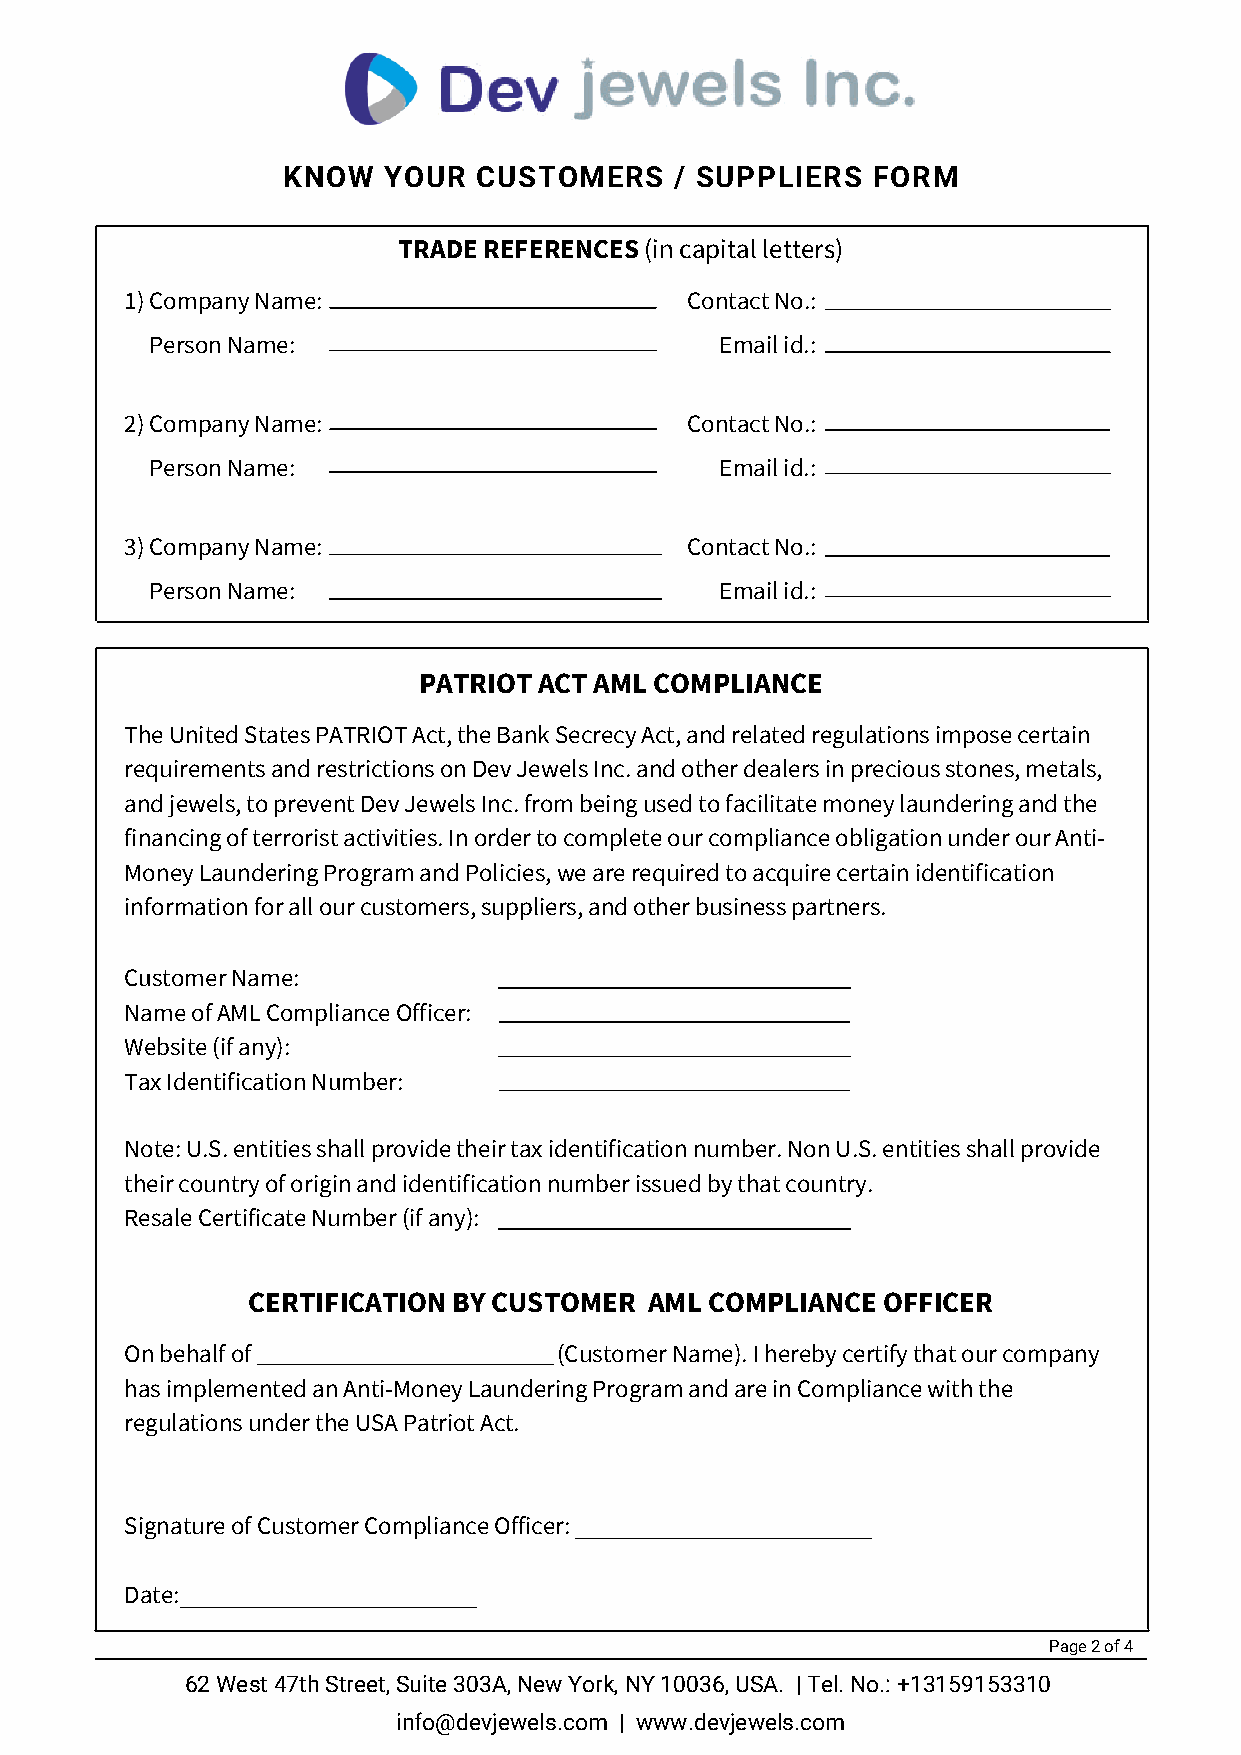
KNOW  YOUR   CUSTOMERS    / SUPPLIERS  FORM
 TRADE REFERENCES (in capital letters)
 1) Company Name:                     Contact No.:
 Person Name:                          Email id.:
 2) Company Name:                     Contact No.:
 Person Name:                          Email id.:
 3) Company Name:                     Contact No.:
 Person Name:                          Email id.:
 PATRIOT ACT AML COMPLIANCE
 The United States PATRIOT Act, the Bank Secrecy Act, and related regulations impose certain
 requirements and restrictions on Dev Jewels Inc. and other dealers in precious stones, metals,
 and jewels, to prevent Dev Jewels Inc. from being used to facilitate money laundering and the
 financing of terrorist activities. In order to complete our compliance obligation under our Anti-
 Money Laundering Program and Policies, we are required to acquire certain identification
 information for all our customers, suppliers, and other business partners.
 Customer Name:
 Name of AML Compliance Officer:
 Website (if any):
 Tax Identification Number:
 Note: U.S. entities shall provide their tax identification number. Non U.S. entities shall provide
 their country of origin and identification number issued by that country.
 Resale Certificate Number (if any):
 CERTIFICATION BY CUSTOMER  AML COMPLIANCE OFFICER
 On behalf of                 (Customer Name). I hereby certify that our company
 has implemented an Anti-Money Laundering Program and are in Compliance with the
 regulations under the USA Patriot Act.
 Signature of Customer Compliance Officer:
 Date:
 Page 2 of 4
 62 West 47th Street, Suite 303A, New York, NY 10036, USA. | Tel. No.: +13159153310
 info@devjewels.com | www.devjewels.com